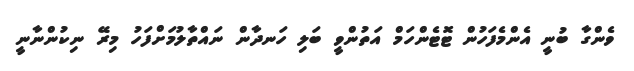
ވެންގާ ބުނީ އެންމެފަހުން ޓޮޓެންހަމް އަތުންވީ ބަލި ހަނދާން ނައްތާލުމަށްފަހު މިރޭ ނިކުންނާނީ